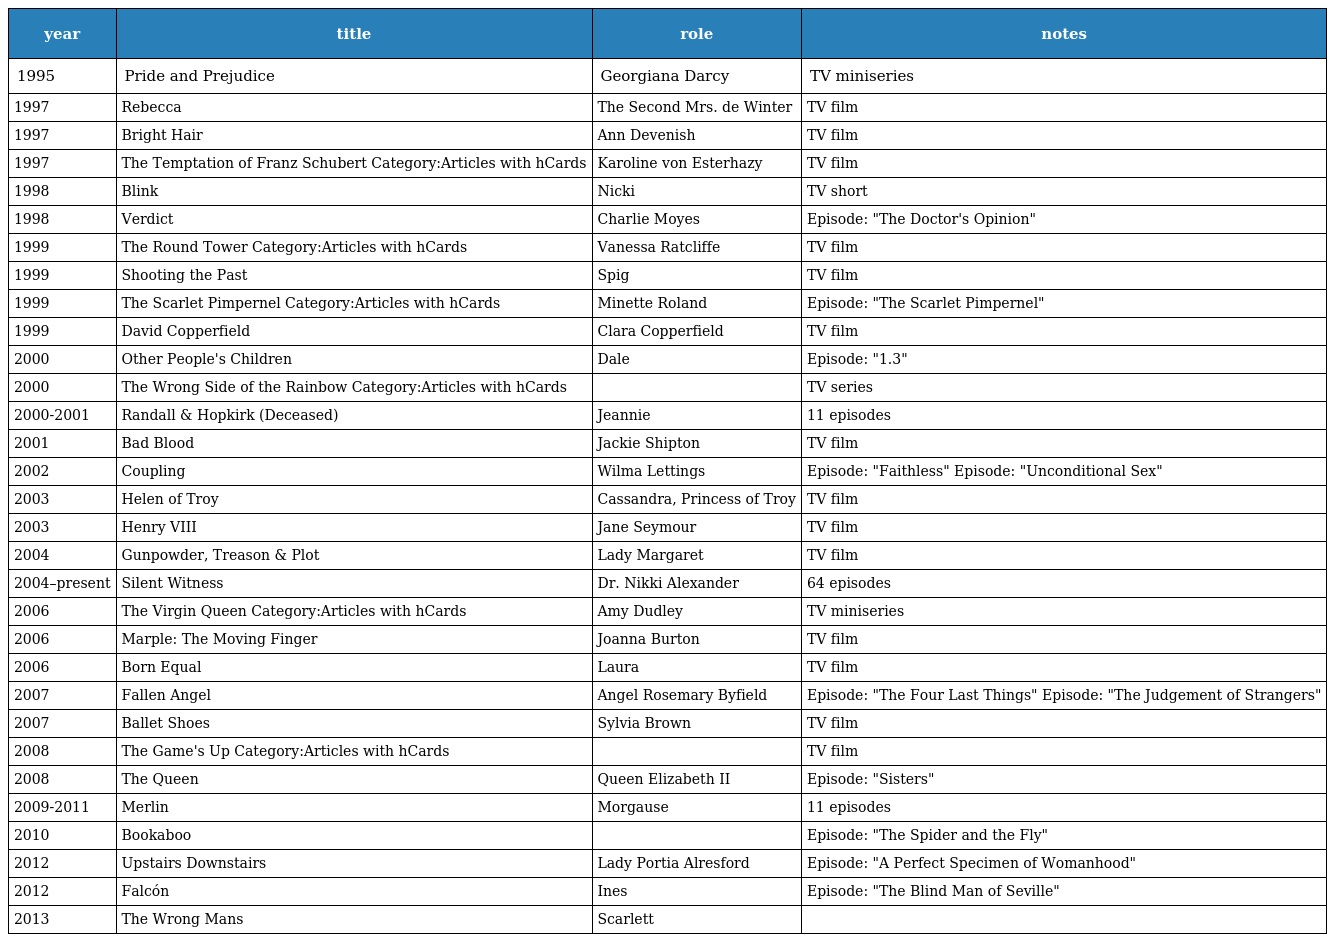
| year | title | role | notes |
 | --- | --- | --- | --- |
 | 1995 | Pride and Prejudice | Georgiana Darcy | TV miniseries |
 | 1997 | Rebecca | The Second Mrs. de Winter | TV film |
 | 1997 | Bright Hair | Ann Devenish | TV film |
 | 1997 | The Temptation of Franz Schubert Category:Articles with hCards | Karoline von Esterhazy | TV film |
 | 1998 | Blink | Nicki | TV short |
 | 1998 | Verdict | Charlie Moyes | Episode: "The Doctor's Opinion" |
 | 1999 | The Round Tower Category:Articles with hCards | Vanessa Ratcliffe | TV film |
 | 1999 | Shooting the Past | Spig | TV film |
 | 1999 | The Scarlet Pimpernel Category:Articles with hCards | Minette Roland | Episode: "The Scarlet Pimpernel" |
 | 1999 | David Copperfield | Clara Copperfield | TV film |
 | 2000 | Other People's Children | Dale | Episode: "1.3" |
 | 2000 | The Wrong Side of the Rainbow Category:Articles with hCards |  | TV series |
 | 2000-2001 | Randall & Hopkirk (Deceased) | Jeannie | 11 episodes |
 | 2001 | Bad Blood | Jackie Shipton | TV film |
 | 2002 | Coupling | Wilma Lettings | Episode: "Faithless" Episode: "Unconditional Sex" |
 | 2003 | Helen of Troy | Cassandra, Princess of Troy | TV film |
 | 2003 | Henry VIII | Jane Seymour | TV film |
 | 2004 | Gunpowder, Treason & Plot | Lady Margaret | TV film |
 | 2004–present | Silent Witness | Dr. Nikki Alexander | 64 episodes |
 | 2006 | The Virgin Queen Category:Articles with hCards | Amy Dudley | TV miniseries |
 | 2006 | Marple: The Moving Finger | Joanna Burton | TV film |
 | 2006 | Born Equal | Laura | TV film |
 | 2007 | Fallen Angel | Angel Rosemary Byfield | Episode: "The Four Last Things" Episode: "The Judgement of Strangers" |
 | 2007 | Ballet Shoes | Sylvia Brown | TV film |
 | 2008 | The Game's Up Category:Articles with hCards |  | TV film |
 | 2008 | The Queen | Queen Elizabeth II | Episode: "Sisters" |
 | 2009-2011 | Merlin | Morgause | 11 episodes |
 | 2010 | Bookaboo |  | Episode: "The Spider and the Fly" |
 | 2012 | Upstairs Downstairs | Lady Portia Alresford | Episode: "A Perfect Specimen of Womanhood" |
 | 2012 | Falcón | Ines | Episode: "The Blind Man of Seville" |
 | 2013 | The Wrong Mans | Scarlett |  |